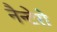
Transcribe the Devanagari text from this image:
नैन्टेरो